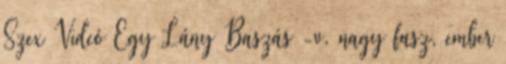
Szex Videó Egy Lány Baszás -v. nagy fasz, ember